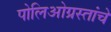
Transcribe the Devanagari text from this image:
पोलिओग्रस्तांचे